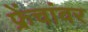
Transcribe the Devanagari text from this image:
फ्रेंचांवर